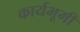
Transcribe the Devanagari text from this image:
कार्यभूमी